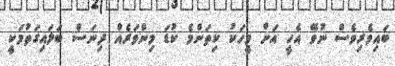
ބައިވެރިވެސް ނުވޭ އެހީ އަށް މީހަކު ކިތަންމެ ކުޑަ މިންވަރެއް ދިނަސް ބަލައިގަތުމަކީ